Report on the working of the mental hospitals for Indians in Bihar and Orissa - 1925-1929
Year: 1925
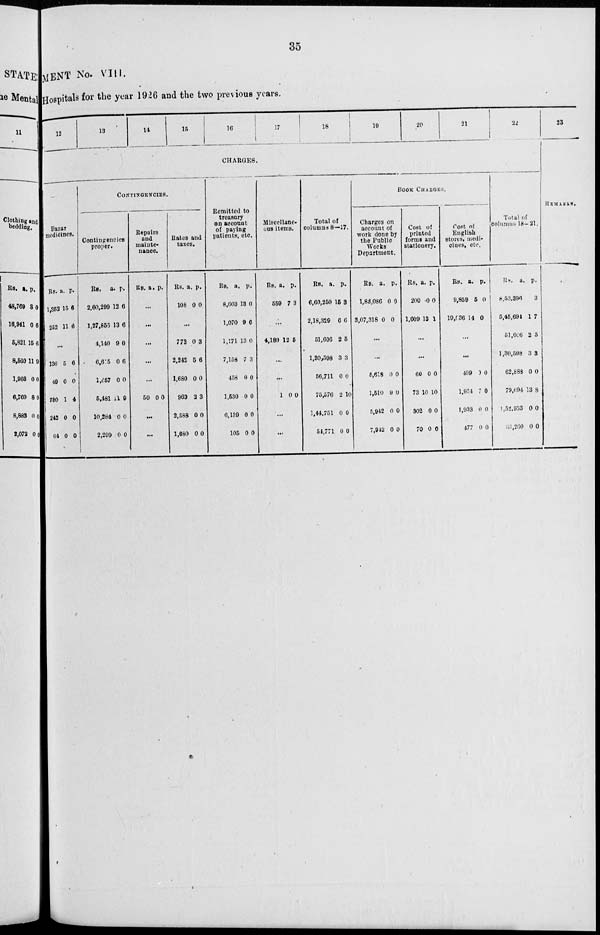
35
MENT No. VIII.
Hospitals for the year 1926 and the two previous years.
12
13
14
15
16
17
18
19
20
21
22
CHARGES.
Bazar
medicines.
Rs.
1,352
252
a.
15
11
p.
6
6
...
136
49
780
242
64
5
0
1
0
0
6
0
4
0
0
CONTINGENCIES.
Contingencies
proper.
Rs.
2,60,299
1,27,856
4,140
6,615
l,657
5,481
10,284
2,299
a.
12
13
9
0
0
11
0
0
p.
6
6
0
6
0
9
0
1
Repairs
and
mainte-
nance.
Rs. a. p.
...
...
...
...
...
50 0 0
...
...
Rates and
taxes.
Rs.
108
a.
0
p.
0
...
773
2,242
1,680
969
2,588
1,680
0
5
0
2
0
0
3
6
0
3
0
0
Remitted to
treasury
on account
of paying
patients, etc.
Rs.
8,603
1,070
1,171
7,158
458
1,530
6,139
105
a.
13
9
13
7
0
0
0
0
p.
0
6
0
3
0
0
0
0
Miscellane-
ous items.
Rs.
559
a.
7
p.
3
...
4,189 12 5
...
...
1 0 0
...
...
Total of
columns 8—17.
Rs.
6,60,250
2,18,329
51,606
1,30,598
56,711
75,576
1,44,751
54,771
a.
15
6
2
3
0
2
0
0
p.
3
6
5
3
0
10
0
0
BOOK CHARGES.
Charges on
account of
work done by
the Public
Works
Department.
Rs.
1,83,086
3,07,318
a.
0
0
p.
0
0
...
...
5,618
1,510
5,942
7,942
0
9
0
0
0
0
0
0
Cost of
printed
forms and
stationery.
Rs.
200
1,009
a.
0
13
p.
0
1
...
...
60
73
302
70
0
10
0
0
0
10
0
0
Cost of
English
stores, medi-
cines, etc.
Rs.
9,859
19,036
a.
5
14
p.
0
0
...
...
499
1,934
1,933
477
0
7
0
0
0
0
0
0
Total of
columns 18-21.
Rs.
8,53,396
5,45,694
51,606
1,30,598
62,888
79,094
1,52,933
63,260
a.
1
2
3
0
13
0
0
p.
3
7
5
3
0
8
0
0
23
REMARKS.